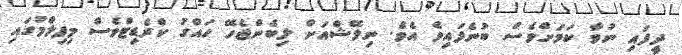
ދީފައި ނުވާ ކަމަށްވެސް ބުނެފައިވެ އެވެ. ނިލޭޝްއަށް ލިބެންޖެހޭ ހައްގު ކްރެޑިޓްވެސް މިފިލްމުގައި